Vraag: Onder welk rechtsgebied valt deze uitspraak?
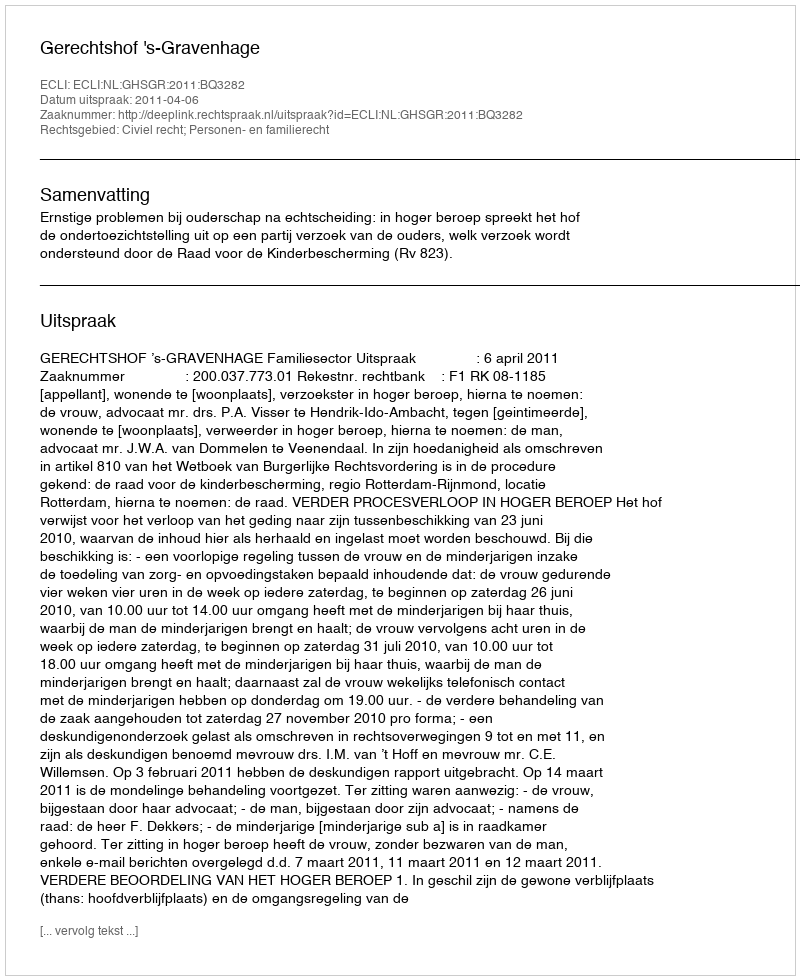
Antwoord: Civiel recht; Personen- en familierecht